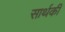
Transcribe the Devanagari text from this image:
सार्थकी